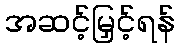
အဆင့်မြှင့်ရန်